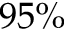
9 5 \%